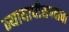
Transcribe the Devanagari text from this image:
न्यायाधीशपदाचा